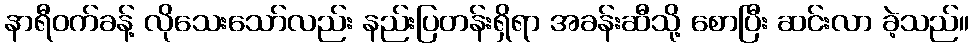
နာရီဝက်ခန့် လိုသေးသော်လည်း နည်းပြတန်းရှိရာ အခန်းဆီသို့ စောပြီး ဆင်းလာ ခဲ့သည်။